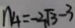
n _ { 4 } = - 2 \sqrt { 3 } - 3